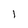
Character: 1